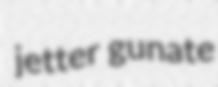
jetter gunate